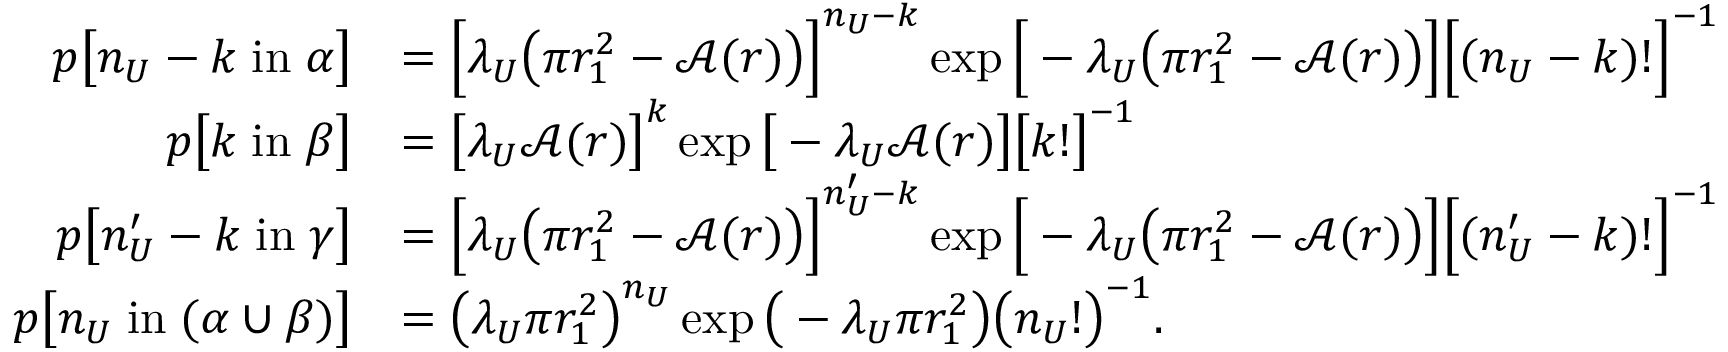
\begin{array} { r l } { p \big [ n _ { U } - k \; \mathrm { i n } \; \alpha \big ] } & { = \Big [ \lambda _ { U } \big ( \pi r _ { 1 } ^ { 2 } - \mathcal { A } ( r ) \big ) \Big ] ^ { n _ { U } - k } \exp \Big [ - \lambda _ { U } \big ( \pi r _ { 1 } ^ { 2 } - \mathcal { A } ( r ) \big ) \Big ] \Big [ ( n _ { U } - k ) ! \Big ] ^ { - 1 } } \\ { p \big [ k \; \mathrm { i n } \; \beta \big ] } & { = \big [ \lambda _ { U } \mathcal { A } ( r ) \big ] ^ { k } \exp \big [ - \lambda _ { U } \mathcal { A } ( r ) \big ] \big [ k ! \big ] ^ { - 1 } } \\ { p \big [ n _ { U } ^ { \prime } - k \; \mathrm { i n } \; \gamma \big ] } & { = \Big [ \lambda _ { U } \big ( \pi r _ { 1 } ^ { 2 } - \mathcal { A } ( r ) \big ) \Big ] ^ { n _ { U } ^ { \prime } - k } \exp \Big [ - \lambda _ { U } \big ( \pi r _ { 1 } ^ { 2 } - \mathcal { A } ( r ) \big ) \Big ] \Big [ ( n _ { U } ^ { \prime } - k ) ! \Big ] ^ { - 1 } } \\ { p \big [ n _ { U } \; \mathrm { i n } \; ( \alpha \cup \beta ) \big ] } & { = \big ( \lambda _ { U } \pi r _ { 1 } ^ { 2 } \big ) ^ { n _ { U } } \exp \big ( - \lambda _ { U } \pi r _ { 1 } ^ { 2 } \big ) \big ( n _ { U } ! \big ) ^ { - 1 } . } \end{array}